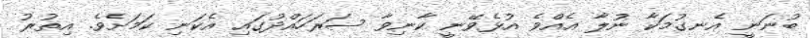
ބުނަނީ އެނގުމަކާ ނުލާ އެއްވެ އުޅެވޭނީ ކާނިވާ ސަރަހައްދުގައި އެކަނި ކަމަށެވެ. އިތުރު